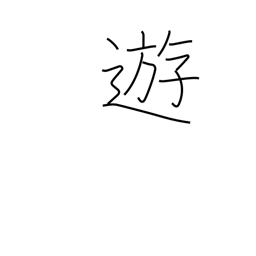
Meaning: play